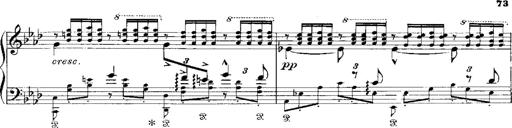
Title: Miserere du Trovatore
Composer: Franz Liszt